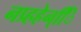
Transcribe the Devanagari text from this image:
नप्र्हहेन्िि